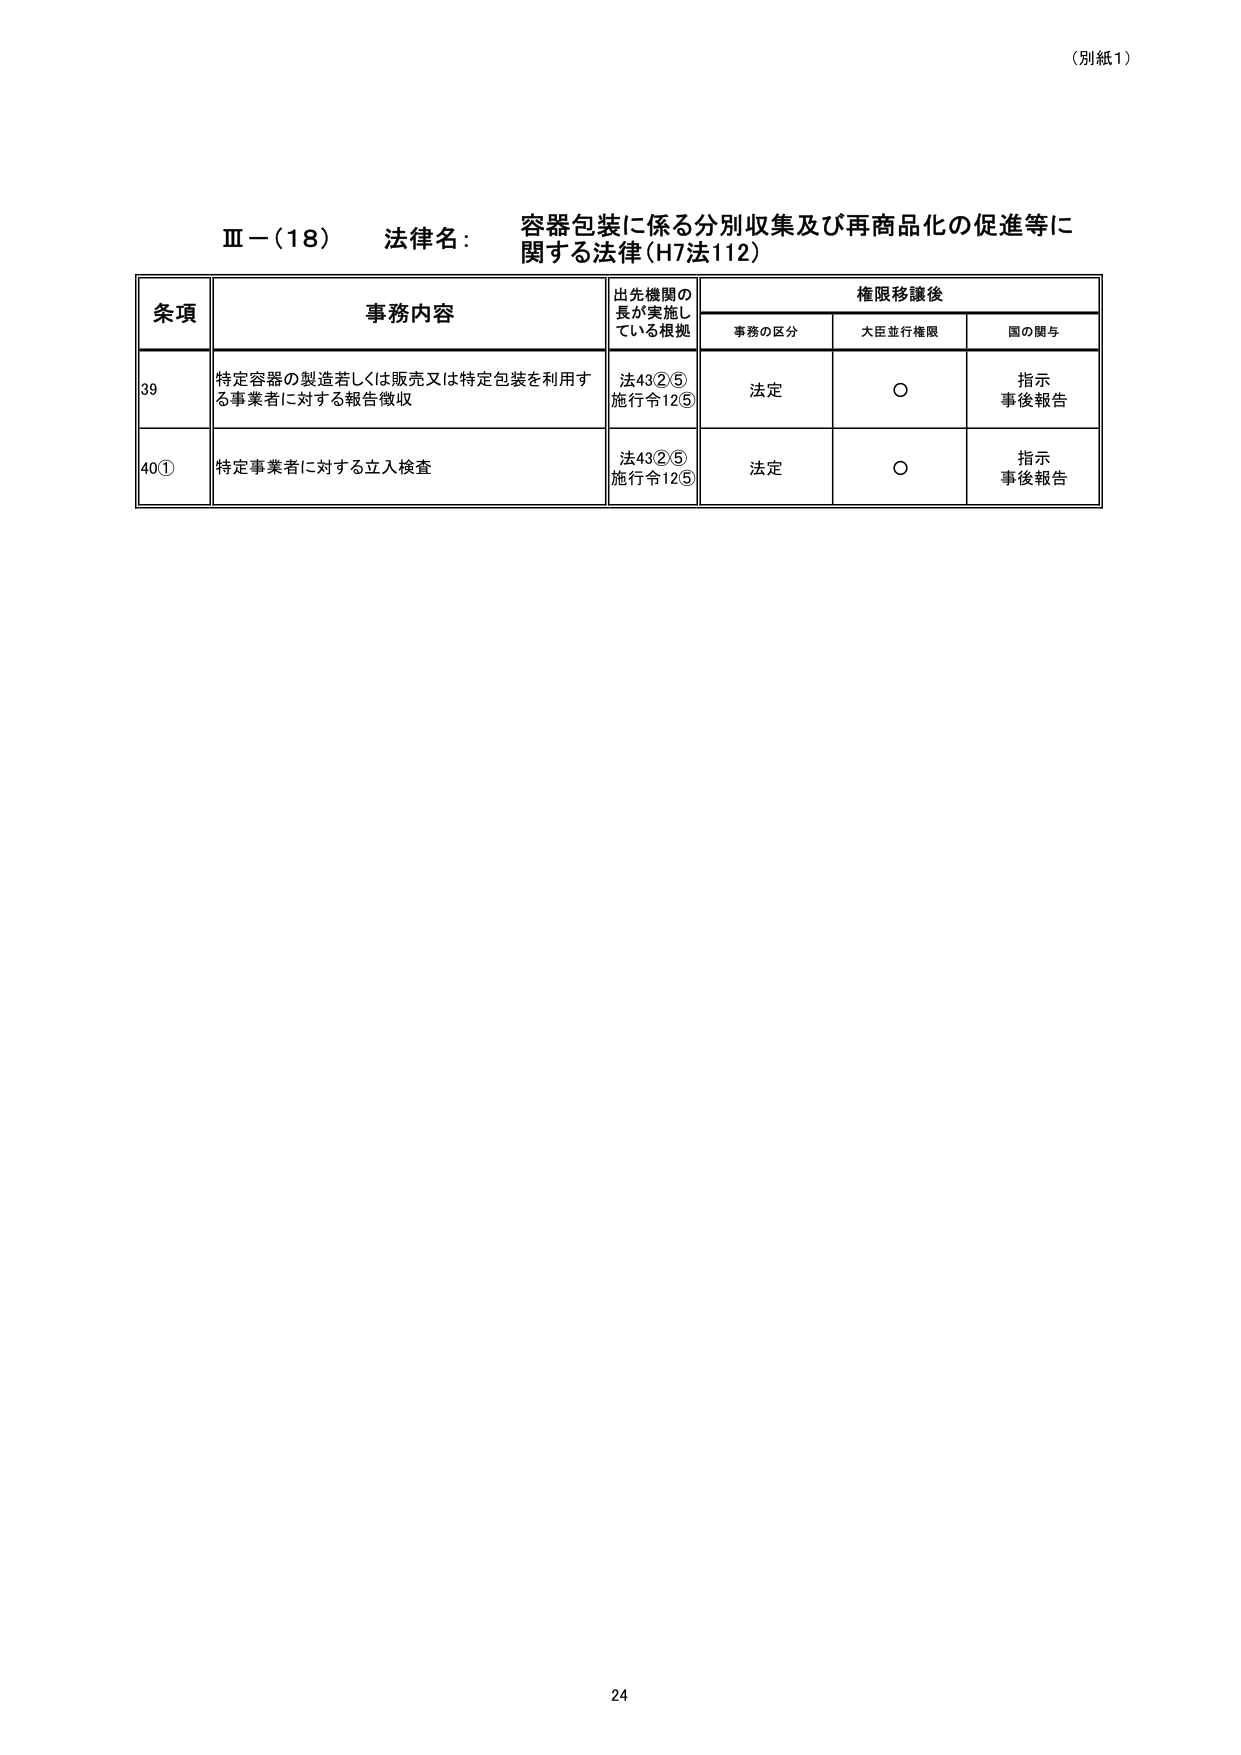
（別紙1）

Ⅲ－（18）　法律名：　容器包装に係る分別収集及び再商品化の促進等に関する法律（H7法112）

条項　　　　　　　事務内容　　　　　　　　　出先機関の長が実施している根拠　　　　　権限移譲後
　　　　　　　　　　　　　　　　　　　　　　　　　　　　　　　　　　　　　　　　事務の区分　　大臣並行権限　　国の関与

39　　　　　特定容器の製造若しくは販売又は特定包装を利用する事業者に対する報告徴収　　　法43②⑤　　　法定　　　　○　　　　指示
　　　　　　　　　　　　　　　　　　　　　　　　　　　　　　　　　　　　　　　　　施行令12⑤　　　　　　　　　　　　事後報告

40①　　　　特定事業者に対する立入検査　　　　　法43②⑤　　　法定　　　　○　　　　指示
　　　　　　　　　　　　　　　　　　　　　　　　　　　　　　　　　　　　　　　　　施行令12⑤　　　　　　　　　　　　事後報告

24